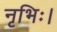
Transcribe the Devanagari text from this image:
नृभिः।